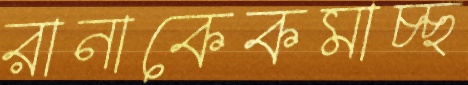
রানাকেকমাচ্ছ